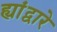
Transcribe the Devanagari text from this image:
ह्यांद्वारे